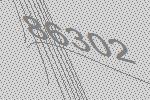
86302